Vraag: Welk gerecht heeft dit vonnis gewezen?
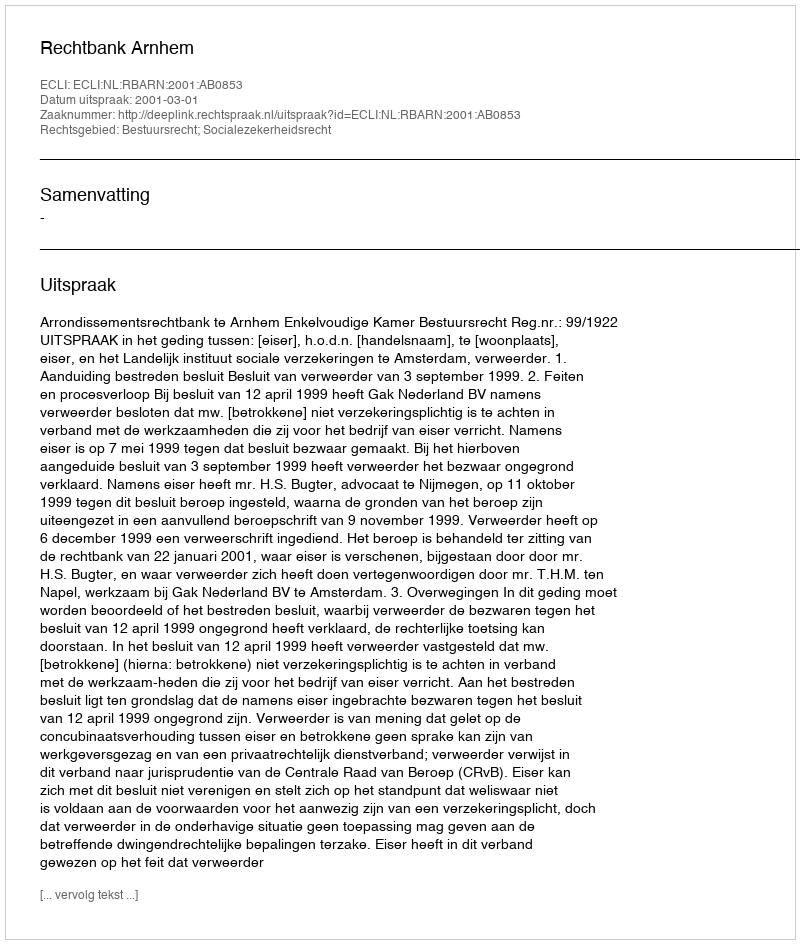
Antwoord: Rechtbank Arnhem